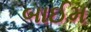
બાઈમ